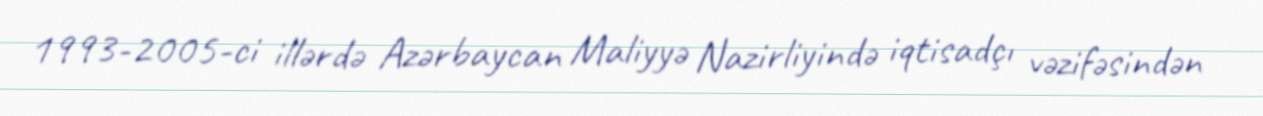
1993-2005-ci illərdə Azərbaycan Maliyyə Nazirliyində iqtisadçı vəzifəsindən